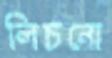
লিচনো